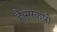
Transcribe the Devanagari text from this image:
है।सरकारी